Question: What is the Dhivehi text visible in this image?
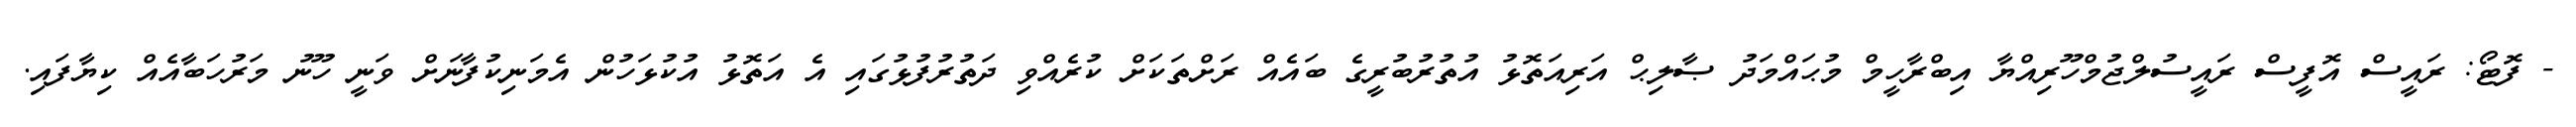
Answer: - ފޮޓޯ: ރައީސް އޮފީސް ރައީސުލްޖުމްހޫރިއްޔާ އިބްރާހީމް މުޙައްމަދު ޞާލިޙް އަރިއަތޮޅު އުތުރުބުރީގެ ބައެއް ރަށްތަކަށް ކުރެއްވި ދަތުރުފުޅުގައި އެ އަތޮޅު އުކުޅަހުން އެމަނިކުފާނަށް ވަނީ ހޫނު މަރުހަބާއެއް ކިޔާފައި.